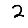
Digit: 2